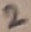
Text: 2